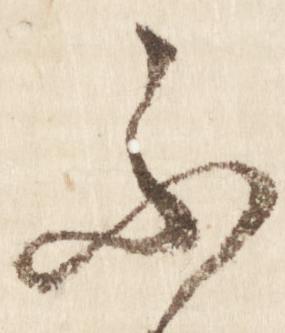
ふ